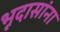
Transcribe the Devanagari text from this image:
भूदासांना